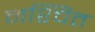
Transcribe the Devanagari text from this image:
नश्चित